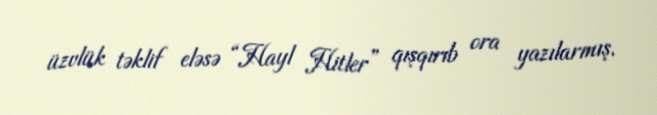
üzvlük təklif eləsə “Hayl Hitler” qışqırıb ora yazılarmış.